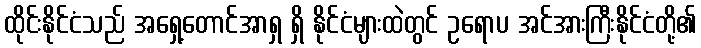
ထိုင်းနိုင်ငံသည် အရှေ့တောင်အာရှ ရှိ နိုင်ငံများထဲတွင် ဥရောပ အင်အားကြီးနိုင်ငံတို့၏